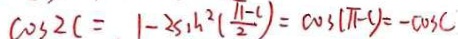
\cos 2 c = 1 - 2 \sin ^ { 2 } ( \frac { \pi - c } { 2 } ) = \cos ( \pi - c ) = - \cos c